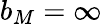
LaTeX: b_{M}=\infty